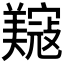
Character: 𫅟